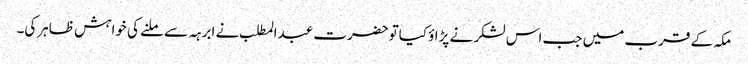
مکہ کے قرب میں جب اس لشکر نے پڑاؤ کیاتوحضرت عبدالمطلب نے ابرہہ سے ملنے کی خواہش ظاہرکی۔